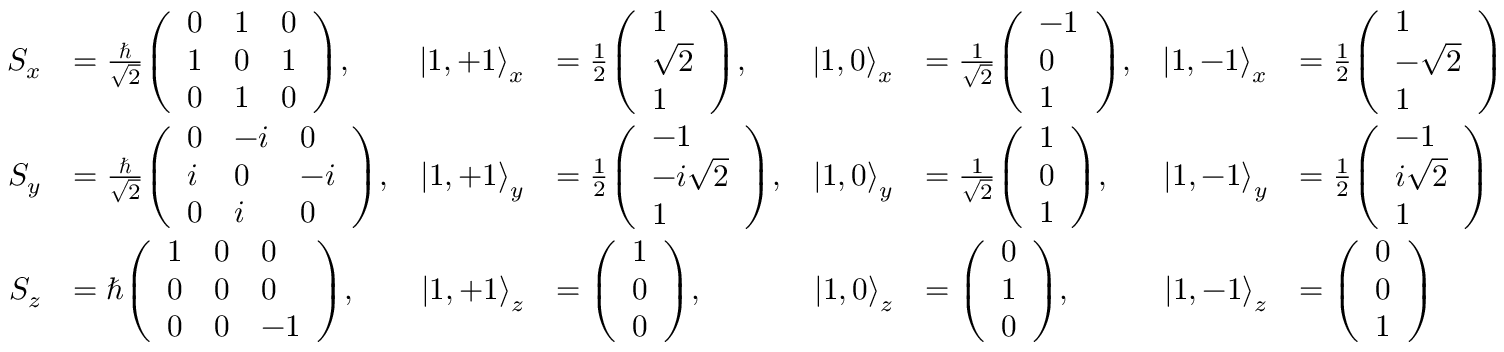
{ \begin{array} { r l r l r l r l } { S _ { x } } & { = { \frac { \hbar } { \sqrt { 2 } } } { \left( \begin{array} { l l l } { 0 } & { 1 } & { 0 } \\ { 1 } & { 0 } & { 1 } \\ { 0 } & { 1 } & { 0 } \end{array} \right) } , } & { \left| 1 , + 1 \right\rangle _ { x } } & { = { \frac { 1 } { 2 } } { \left( \begin{array} { l } { 1 } \\ { { \sqrt { 2 } } } \\ { 1 } \end{array} \right) } , } & { \left| 1 , 0 \right\rangle _ { x } } & { = { \frac { 1 } { \sqrt { 2 } } } { \left( \begin{array} { l } { - 1 } \\ { 0 } \\ { 1 } \end{array} \right) } , } & { \left| 1 , - 1 \right\rangle _ { x } } & { = { \frac { 1 } { 2 } } { \left( \begin{array} { l } { 1 } \\ { { - { \sqrt { 2 } } } } \\ { 1 } \end{array} \right) } } \\ { S _ { y } } & { = { \frac { \hbar } { \sqrt { 2 } } } { \left( \begin{array} { l l l } { 0 } & { - i } & { 0 } \\ { i } & { 0 } & { - i } \\ { 0 } & { i } & { 0 } \end{array} \right) } , } & { \left| 1 , + 1 \right\rangle _ { y } } & { = { \frac { 1 } { 2 } } { \left( \begin{array} { l } { - 1 } \\ { - i { \sqrt { 2 } } } \\ { 1 } \end{array} \right) } , } & { \left| 1 , 0 \right\rangle _ { y } } & { = { \frac { 1 } { \sqrt { 2 } } } { \left( \begin{array} { l } { 1 } \\ { 0 } \\ { 1 } \end{array} \right) } , } & { \left| 1 , - 1 \right\rangle _ { y } } & { = { \frac { 1 } { 2 } } { \left( \begin{array} { l } { - 1 } \\ { i { \sqrt { 2 } } } \\ { 1 } \end{array} \right) } } \\ { S _ { z } } & { = \hbar { \left( \begin{array} { l l l } { 1 } & { 0 } & { 0 } \\ { 0 } & { 0 } & { 0 } \\ { 0 } & { 0 } & { - 1 } \end{array} \right) } , } & { \left| 1 , + 1 \right\rangle _ { z } } & { = { \left( \begin{array} { l } { 1 } \\ { 0 } \\ { 0 } \end{array} \right) } , } & { \left| 1 , 0 \right\rangle _ { z } } & { = { \left( \begin{array} { l } { 0 } \\ { 1 } \\ { 0 } \end{array} \right) } , } & { \left| 1 , - 1 \right\rangle _ { z } } & { = { \left( \begin{array} { l } { 0 } \\ { 0 } \\ { 1 } \end{array} \right) } } \end{array} }